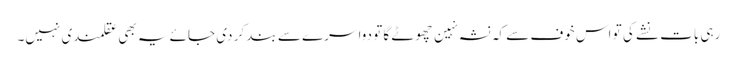
رہی بات نشے کی تو اس خوف سے کہ نشہ نہین چھوٹے گا تو دوا سرے سے بند کر دی جائے یہ بھی عقلمندی نہیں۔